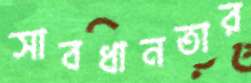
সাবধানতার